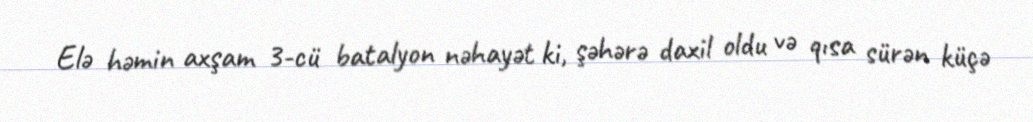
Elə həmin axşam 3-cü batalyon nəhayət ki, şəhərə daxil oldu və qısa sürən küçə